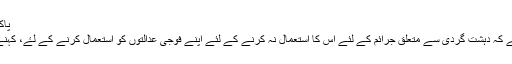
پاکستان کے فوجی عدالتوں کے انسانی حقوق کے لئے 'تباہی'
انصاف کے لئے ایک عالمی وکیل پاکستان سے کہہ رہا ہے کہ دہشت گردی سے متعلق جرائم کے لئے اس کا استعمال نہ کرنے کے لئے اپنے فوجی عدالتوں کو استعمال کرنے کے لۓ، کہنے لگے کہ انسانی حقوق کو "تباہی" کا سامنا کرنا پڑے گا۔